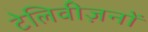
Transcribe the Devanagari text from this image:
टेलिवीज़नों